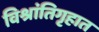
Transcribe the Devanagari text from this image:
विश्रांतिगृहात